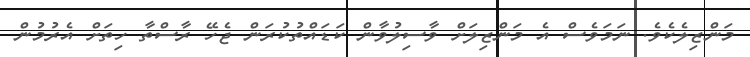
މަންޒިލެކެވެ. ނަމަވެސް އެ މަންޒިލަށް ވާސިލުވާން ކަޑައްތުކުރަން ޖެހޭ ރާސްތާ ހިތަށް އެރުމުން